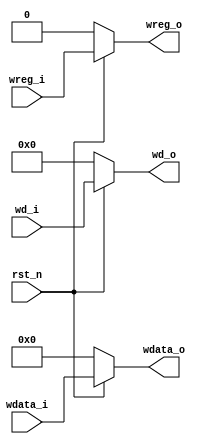
`timescale 1ns / 1ps
//////////////////////////////////////////////////////////////////////////////////
// Company: 
// Engineer: 
// 
// Design Name: 
// Module Name: mem
// Project Name: 
// Target Devices: 
// Tool Versions: 
// Description: 
// 
// Dependencies: 
// 
// Revision:
// Revision 0.01 - File Created
// Additional Comments:
// 
//////////////////////////////////////////////////////////////////////////////////


module mem(
    input                 rst_n,
    
    input [4:0]           wd_i,
    input                 wreg_i,
    input [31:0]          wdata_i,
    
    output reg [4:0]      wd_o,
    output reg            wreg_o,
    output reg [31:0]     wdata_o
    );
    
always @ (*) begin
    if(~rst_n) begin
        wd_o <= 0;
        wreg_o <= 0;
        wdata_o <= 0;
    end
    else begin
        wd_o <= wd_i;
        wreg_o <= wreg_i;
        wdata_o <= wdata_i;
    end
end
endmodule